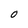
Character: 0